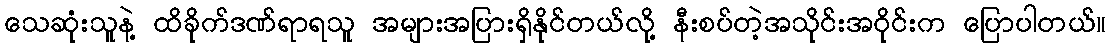
သေဆုံးသူနဲ့ ထိခိုက်ဒဏ်ရာရသူ အများအပြားရှိနိုင်တယ်လို့ နီးစပ်တဲ့အသိုင်းအဝိုင်းက ပြောပါတယ်။